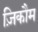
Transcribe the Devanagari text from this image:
ज़िकौम